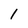
Character: 1